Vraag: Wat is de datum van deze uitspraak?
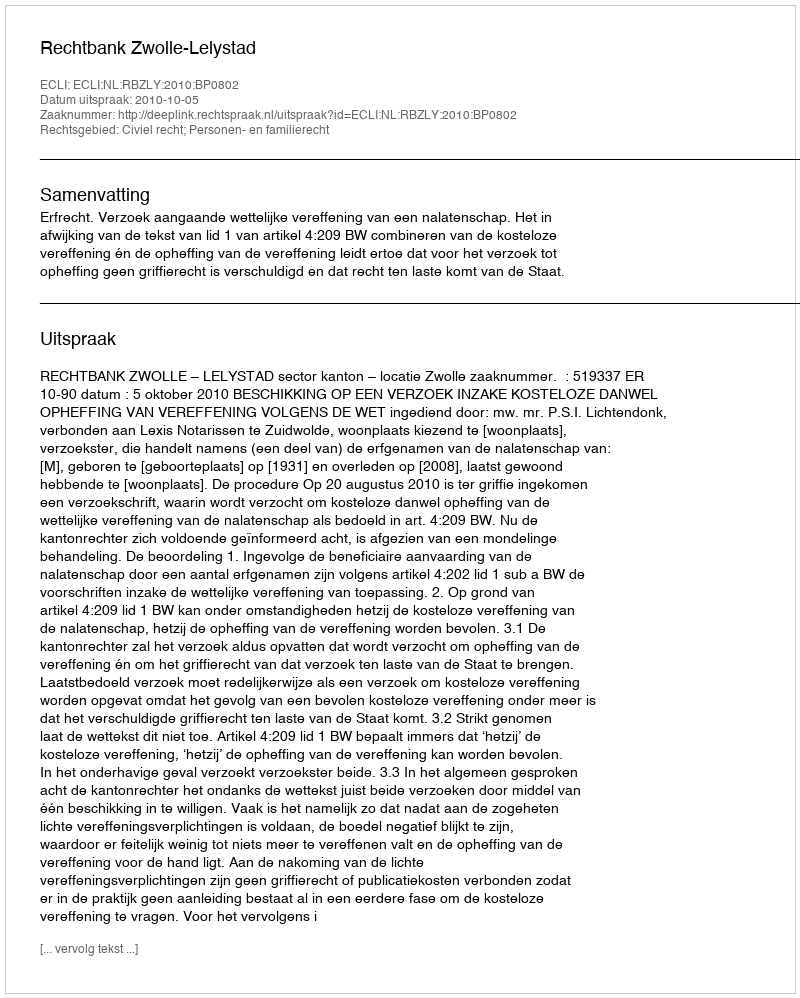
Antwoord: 2010-10-05